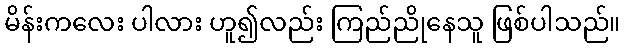
မိန်းကလေး ပါလား ဟူ၍လည်း ကြည်ညိုနေသူ ဖြစ်ပါသည်။